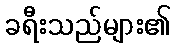
ခရီးသည်များ၏